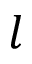
l